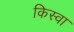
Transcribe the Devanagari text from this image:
किस्वा